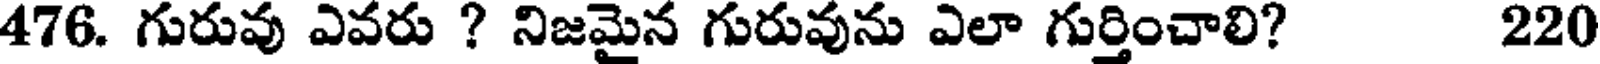
476. గురువు ఎవరు ? నిజమైన గురువును ఎలా గుర్తించాలి? 220